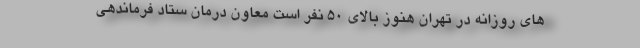
های روزانه در تهران هنوز بالای ۵۰ نفر است معاون درمان ستاد فرماندهی